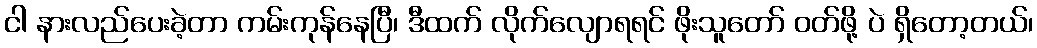
ငါ နားလည်ပေးခဲ့တာ ကမ်းကုန်နေပြီ၊ ဒီထက် လိုက်လျောရရင် ဖိုးသူတော် ဝတ်ဖို့ ပဲ ရှိတော့တယ်၊